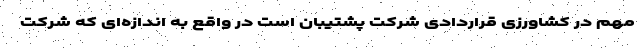
مهم در کشاورزی قراردادی شرکت پشتیبان است در واقع به اندازه‌ای که شرکت